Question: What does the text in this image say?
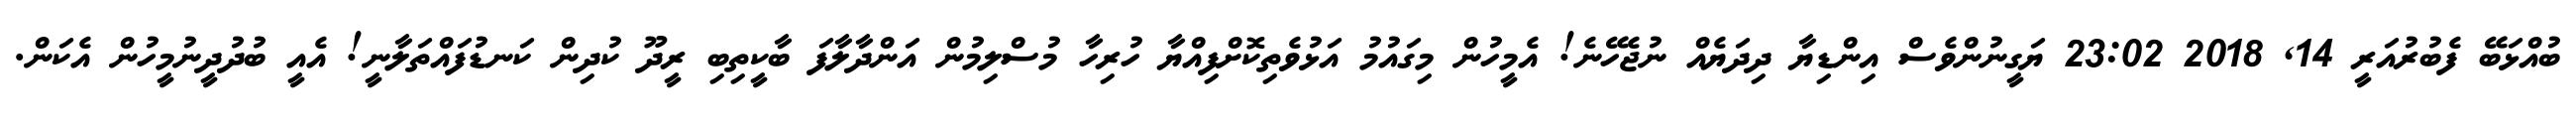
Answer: ބުއްޅަބޭ ފެބުރުއަރީ 14, 2018 23:02 ޔަގީނުންވެސް އިންޑިޔާ ދިދަޔެއް ނުޖެހޭނެ! އެމީހުން މިގައުމު އަޅުވެތިކޮށްފިއްޔާ ހުރިހާ މުސްލިމުން އަންދާލާފަ ބާކީތިބި ރީދޫ ކުދިން ކަނޑުފައްތަލާނީ! އެއީ ބުދުދީނުމީހުން އެކަން.